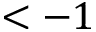
< - 1